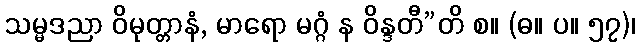
သမ္မဒညာ ဝိမုတ္တာနံ, မာရော မဂ္ဂံ န ဝိန္ဒတီ”တိ စ။ (ဓ။ ပ။ ၅၇)၊